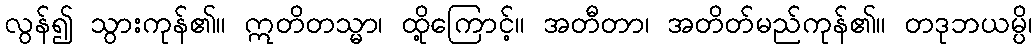
လွန်၍ သွားကုန်၏။ ဣတိတသ္မာ၊ ထို့ကြောင့်။ အတီတာ၊ အတိတ်မည်ကုန်၏။ တဒုဘယမ္ပိ၊